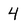
Character: 4